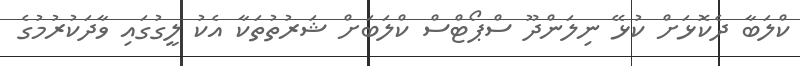
ކްލަބާ ދެކޮޅަށް ކުޅޭ ނިލަންދޫ ސްޕޯޓްސް ކްލަބަށް ޝަރުތުތަކާ އެކު ލީގުގައި ވާދަކުރުމުގެ